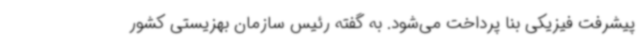
پیشرفت فیزیکی بنا پرداخت می‌شود. به گفته رئیس سازمان بهزیستی کشور